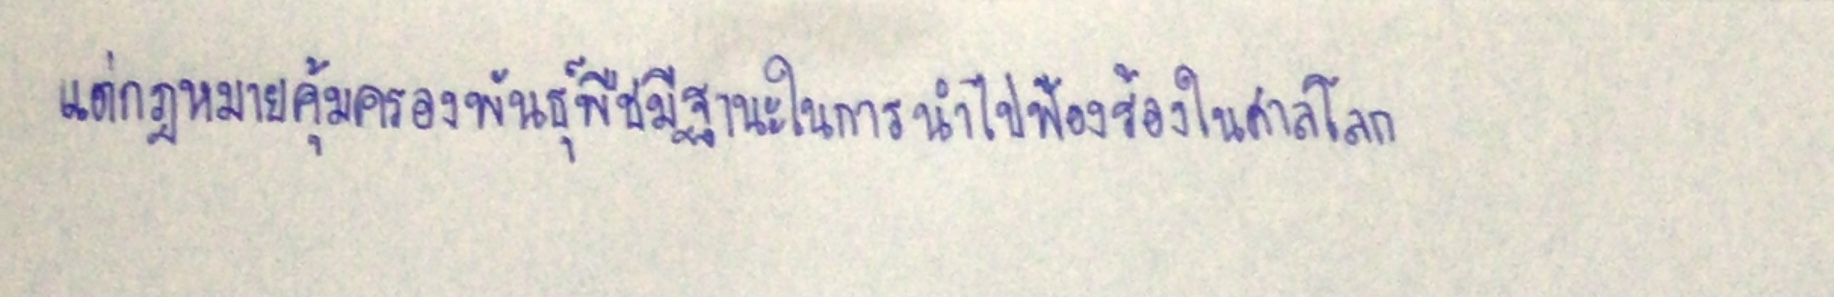
แต่กฎหมายคุ้มครองพันธุ์พืชมีฐานะในการนำไปฟ้องร้องในศาลโลก